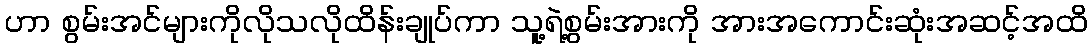
ဟာ စွမ်းအင်များကိုလိုသလိုထိန်းချုပ်ကာ သူ့ရဲ့စွမ်းအားကို အားအကောင်းဆုံးအဆင့်အထိ